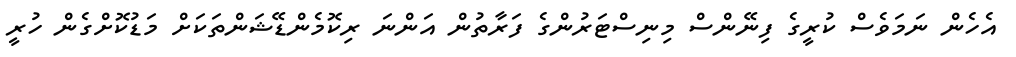
އެހެން ނަމަވެސް ކުރީގެ ފިނޭންސް މިނިސްޓަރުންގެ ފަރާތުން އަންނަ ރިކޮމެންޑޭޝަންތަކަށް މަޑުކޮށްގެން ހުރީ